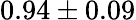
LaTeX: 0.94\pm 0.09